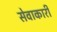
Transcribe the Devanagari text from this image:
सेवाकारी